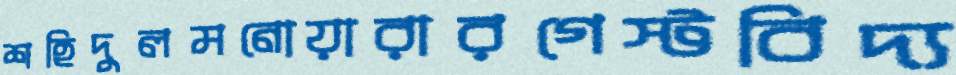
শহিদুলমনোয়ারারগেস্টবিদ্য